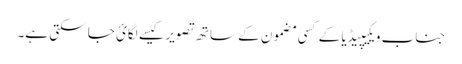
جناب ویکیپیڈیا کے کسی مضمون کے ساتھ تصویر کیسے لگائ جا سکتی ہے۔